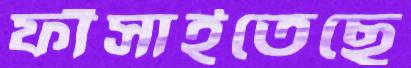
ফাঁসাইতেছে